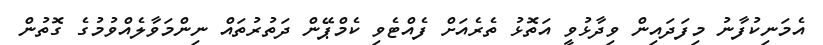
އެމަނިކުފާނު މިފަދައިން ވިދާޅުވީ އަތޮޅު ތެރެއަށް ފެއްޓެވި ކެމްޕޭން ދަތުރުތައް ނިންމަވާލެއްވުމުގެ ގޮތުން